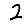
Digit: 2